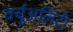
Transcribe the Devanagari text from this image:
वर्चुअलिटी